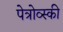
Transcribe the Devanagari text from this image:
पेत्रोव्स्की